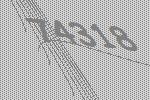
74318